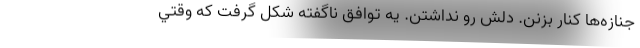
جنازه‌ها كنار بزنن. دلش رو نداشتن. يه توافق ناگفته شكل گرفت كه وقتي